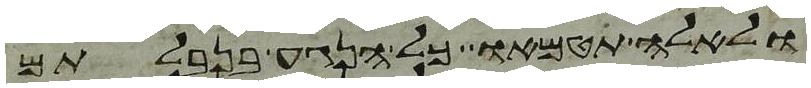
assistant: ולאלה תטמאו כל הנגע בנבלתם